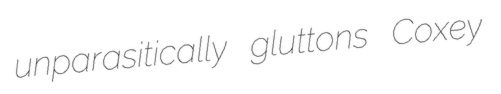
unparasitically gluttons Coxey